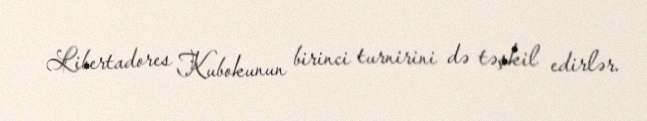
Libertadores Kubokunun birinci turnirini də təşkil edirlər.